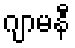
ဂျာမနီ